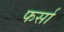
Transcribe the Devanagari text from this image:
फर्सा